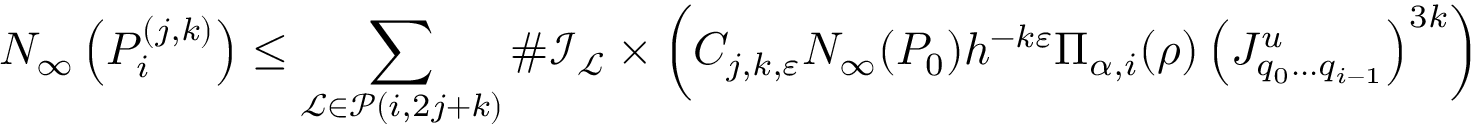
N _ { \infty } \left( P _ { i } ^ { ( j , k ) } \right) \leq \sum _ { \mathcal { L } \in \mathcal { P } ( i , 2 j + k ) } \# \mathcal { I } _ { \mathcal { L } } \times \left( C _ { j , k , \varepsilon } N _ { \infty } ( P _ { 0 } ) h ^ { - k \varepsilon } \Pi _ { \alpha , i } ( \rho ) \left( J _ { q _ { 0 } \dots q _ { i - 1 } } ^ { u } \right) ^ { 3 k } \right)